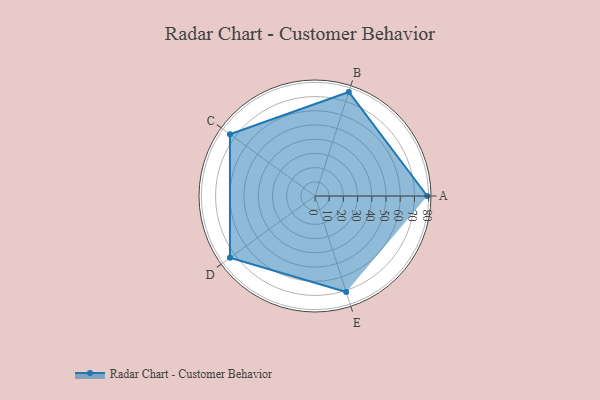
{"axis": {"x": "Skill", "y": "Score"}, "legend": ["Profile"], "data": [{"x": "A", "y": 79.0, "type": "Profile"}, {"x": "B", "y": 77.0, "type": "Profile"}, {"x": "C", "y": 74.0, "type": "Profile"}, {"x": "D", "y": 74.0, "type": "Profile"}, {"x": "E", "y": 71.0, "type": "Profile"}]}